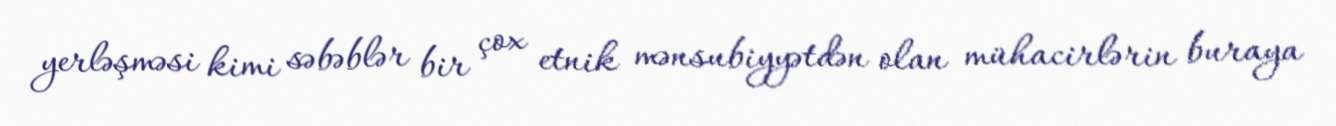
yerləşməsi kimi səbəblər bir çox etnik mənsubiyyətdən olan mühacirlərin buraya